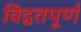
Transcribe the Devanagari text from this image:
विद्वतपूर्ण